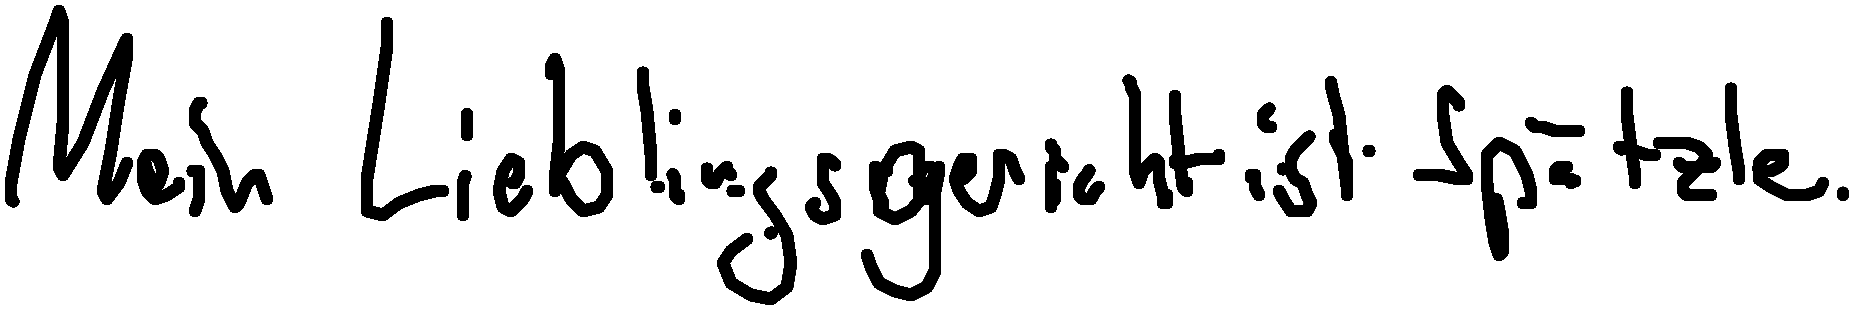
Mein Lieblingsgericht ist Spätzle.